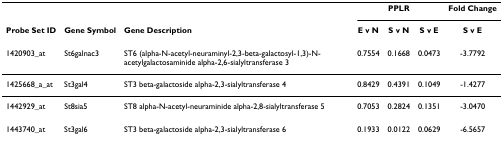
|  |  |  | <COLSPAN=3> PPLR | Fold Change |
 | Probe Set ID | Gene Symbol | Gene Description | E v N | S v N | S v E | S v E |
 | --- | --- | --- | --- | --- | --- | --- |
 | 1420903_at | St6galnac3 | ST6 (alpha-N-acetyl-neuraminyl-2,3-beta-galactosyl-1,3)-N-acetylgalactosaminide alpha-2,6-sialyltransferase 3 | 0.7554 | 0.1668 | 0.0473 | -3.7792 |
 | 1425668_a_at | St3gal4 | ST3 beta-galactoside alpha-2,3-sialyltransferase 4 | 0.8429 | 0.4391 | 0.1049 | -1.4277 |
 | 1442929_at | St8sia5 | ST8 alpha-N-acetyl-neuraminide alpha-2,8-sialyltransferase 5 | 0.7053 | 0.2824 | 0.1351 | -3.0470 |
 | 1443740_at | St3gal6 | ST3 beta-galactoside alpha-2,3-sialyltransferase 6 | 0.1933 | 0.0122 | 0.0629 | -6.5657 |